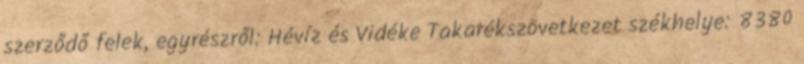
szerződő felek, egyrészről: Hévíz és Vidéke Takarékszövetkezet székhelye: 8380